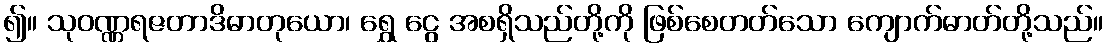
၍။ သုဝဏ္ဏရဇတာဒိဓာတုယော၊ ရွှေ ငွေ အစရှိသည်တို့ကို ဖြစ်စေတတ်သော ကျောက်ဓာတ်တို့သည်။